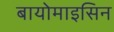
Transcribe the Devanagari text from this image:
बायोमाइसिन